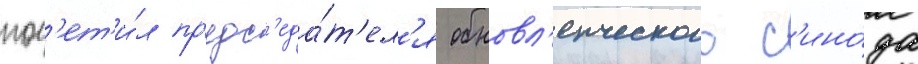
пос'ет'и́л пр'едс'еда́т'ел'я обновл'енческого с'ино́да